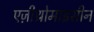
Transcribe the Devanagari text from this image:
एज़ीथ्रोमाइसीन